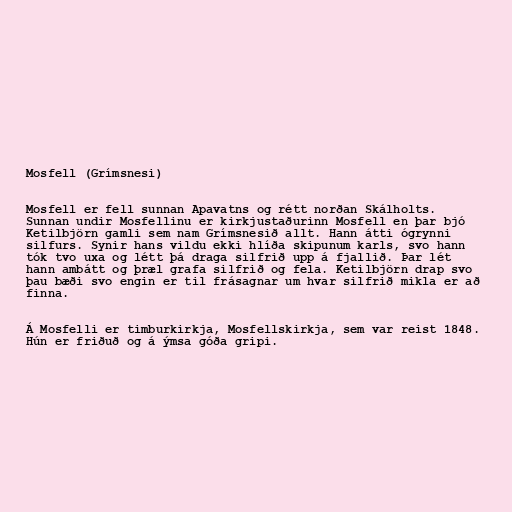
Mosfell (Grímsnesi)

Mosfell er fell sunnan Apavatns og rétt norðan Skálholts.
Sunnan undir Mosfellinu er kirkjustaðurinn Mosfell en þar bjó
Ketilbjörn gamli sem nam Grímsnesið allt. Hann átti ógrynni
silfurs. Synir hans vildu ekki hlíða skipunum karls, svo hann
tók tvo uxa og létt þá draga silfrið upp á fjallið. Þar lét
hann ambátt og þræl grafa silfrið og fela. Ketilbjörn drap svo
þau bæði svo engin er til frásagnar um hvar silfrið mikla er að
finna.

Á Mosfelli er timburkirkja, Mosfellskirkja, sem var reist 1848.
Hún er friðuð og á ýmsa góða gripi.